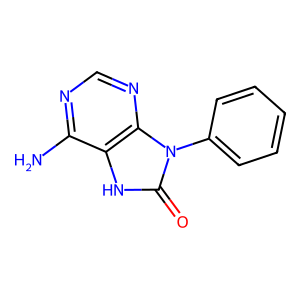
SMILES: Nc1ncnc2c1[nH]c(=O)n2-c1ccccc1
Inhibits HIV replication: No